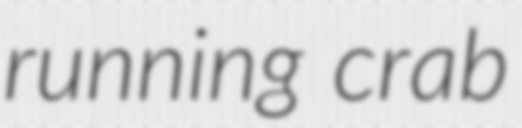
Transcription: running crab